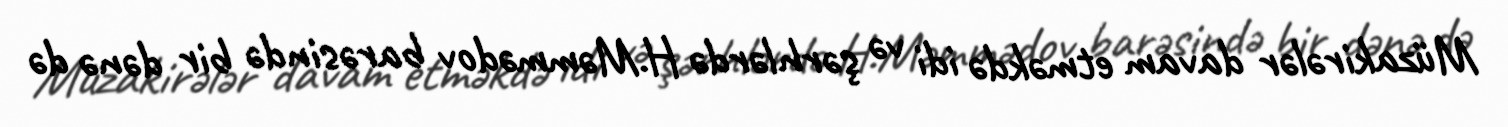
Müzakirələr davam etməkdə idi və şərhlərdə H.Məmmədov barəsində bir dənə də